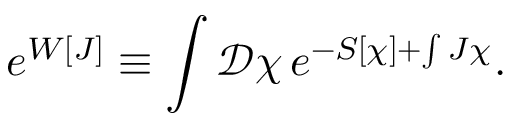
e ^ { W [ J ] } \equiv \int { \mathcal D } \chi \, e ^ { - S [ \chi ] + \int J \chi } .